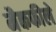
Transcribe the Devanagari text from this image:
मैकफीले